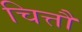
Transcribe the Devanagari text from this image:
चित्तौ